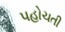
પહોચતી